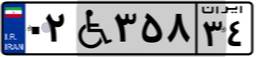
۰۲W۳۵۸۳۴